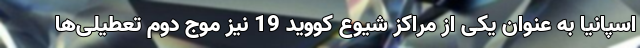
اسپانیا به عنوان یکی از مراکز شیوع کووید 19 نیز موج دوم تعطیلی‌ها